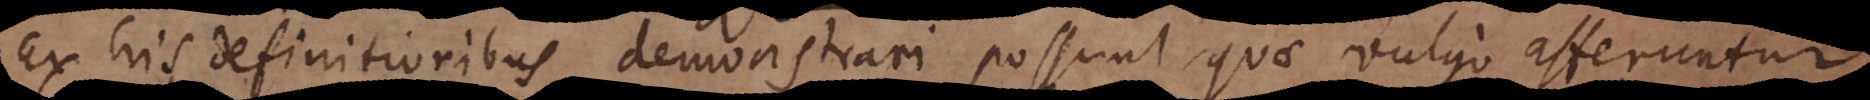
Ex his definitionibus demonstrari possunt quae vulgo afferuntur